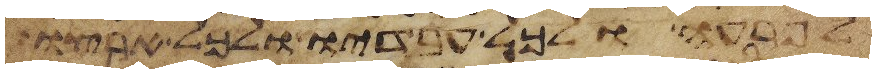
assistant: לפרעה ולכל עבדיו ולכל ארצו